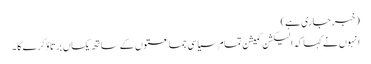
(خبر جاری ہے)
انہوں نے کہا کہ الیکشن کمیشن تمام سیاسی جماعتوں کے ساتھ یکساں برتاؤ کرے گا ۔